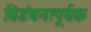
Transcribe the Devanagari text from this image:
विडंबनापूर्वक